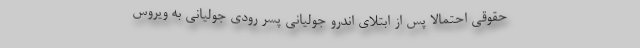
حقوقی احتمالا پس از ابتلای اندرو جولیانی پسر رودی جولیانی به ویروس